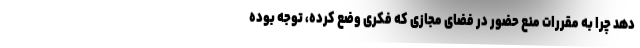
دهد چرا به مقررات منع حضور در فضای مجازی که فکری وضع کرده، توجه بوده